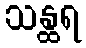
သန္ထရ